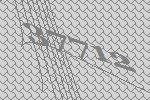
37712